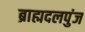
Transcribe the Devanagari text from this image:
ब्राह्मदलपुंज